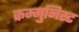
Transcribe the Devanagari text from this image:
कम्मुनिस्ट